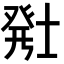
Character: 𬐂